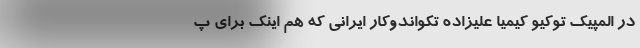
در المپیک توکیو کیمیا علیزاده تکواندوکار ایرانی که هم اینک برای پ